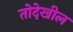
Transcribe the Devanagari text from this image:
तोदेखील